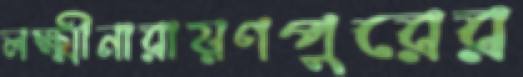
লক্ষ্মীনারায়ণপুরের